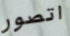
اتصور